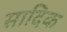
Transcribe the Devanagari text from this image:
सादिक